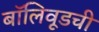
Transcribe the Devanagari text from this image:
बॉलिवूडची